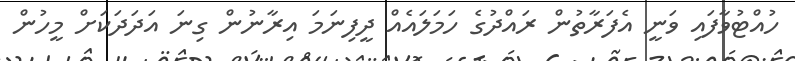
ހުއްޓުވާފައި ވަނީ އެފަރާތުން ރައްދުގެ ހަމަލައެއް ދީފިނަމަ އިރާނުން ގިނަ އަދަދަކަށް މީހުން